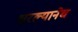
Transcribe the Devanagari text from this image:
धरल्यानेच